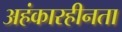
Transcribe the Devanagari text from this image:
अहंकारहीनता